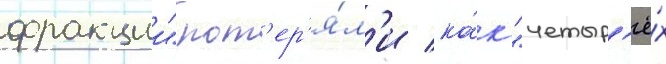
фракции" пот'ер'я́л'и ка́к "четыр'ё́х